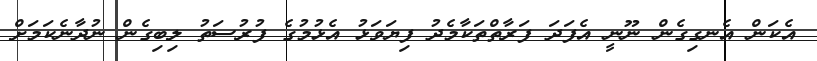
އެކަން އެނގިގެން ނޫނީ އެފަދަ ފަރާތްތަކާމެދު ފިޔަވަޅު އެޅުމުގެ ފުރުސަތު ލިބިގެން ނުދާނެކަމަށް